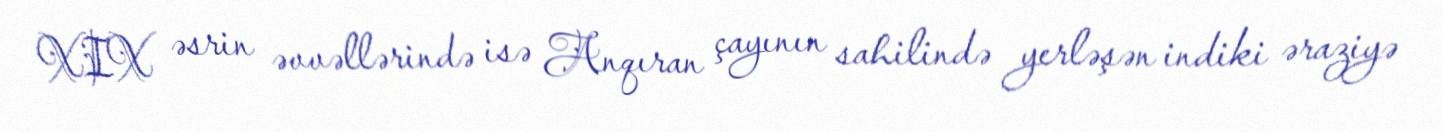
XIX əsrin əvvəllərində isə Anqıran çayının sahilində yerləşən indiki əraziyə